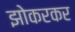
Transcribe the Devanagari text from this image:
झोकरकर